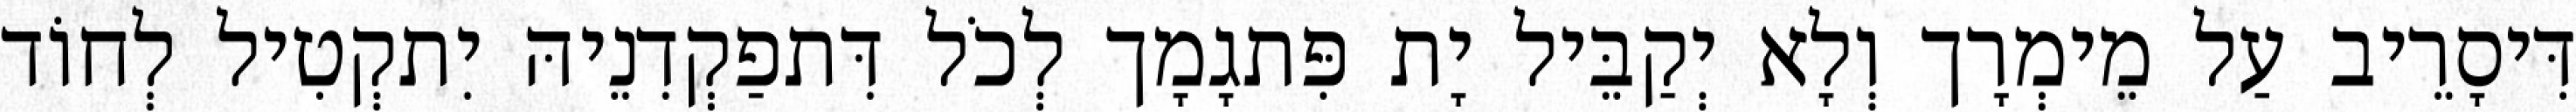
דִּיסָרֵיב עַל מֵימְרָך וְלָא יְקַבֵּיל יָת פִּתגָמָך לְכֹל דִּתפַקְדִנֵיהּ יִתקְטִיל לְחוֹד